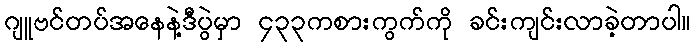
ဂျူဗင်တပ်အနေနဲ့ဒီပွဲမှာ ၄၃၃ကစားကွက်ကို ခင်းကျင်းလာခဲ့တာပါ။